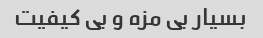
بسیار بی مزه و بی کیفیت